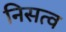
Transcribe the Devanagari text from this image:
निसत्व